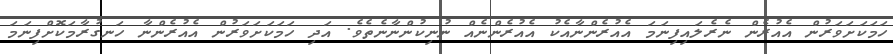
ހަމަކަށަވަރުން އެއުރެން ނެރެލައިފިނަމަ އެއުރެންނާއެކު އެއުރެންނެއް ނުނިކުންނާނެތެވެ. އަދި ހަމަކަށަވަރުން އެއުރެންނާ ހަނގުރާމަކޮށްފިނަމަ